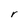
Character: r